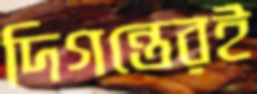
দিগন্তেরই